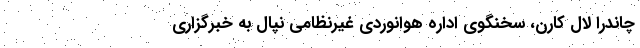
چاندرا لال کارن، سخنگوی اداره هوانوردی غیرنظامی نپال به خبرگزاری